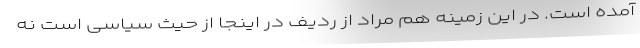
آمده است. در این زمینه هم مراد از ردیف در اینجا از حیث سیاسی است نه